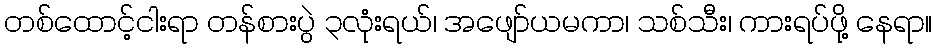
တစ်ထောင့်ငါးရာ တန်စားပွဲ ၃လုံးရယ်၊ အဖျော်ယမကာ၊ သစ်သီး၊ ကားရပ်ဖို့ နေရာ။